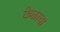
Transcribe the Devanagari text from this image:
केळाचा